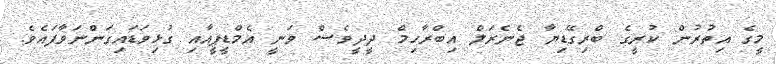
މީގެ އިތުރުން ކުރީގެ ބްރިގޭޑިޔާ ޖެނެރަލް އިބްރާހިމް ދީދީވެސް ވަނީ އެމްޑީޕީއާއި ގުޅިވަޑައިގަންނަވާފައެވެ.